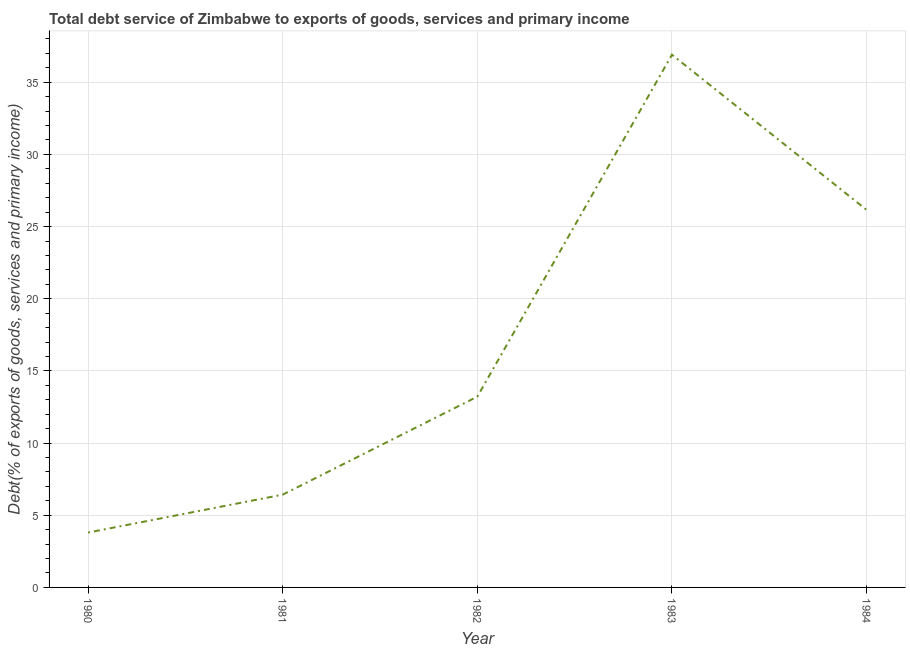
| Year | Total debt service |
 | --- | --- |
 | 1980 | 3.8 |
 | 1981 | 6.43 |
 | 1982 | 13.2 |
 | 1983 | 36.9 |
 | 1984 | 26.2 |